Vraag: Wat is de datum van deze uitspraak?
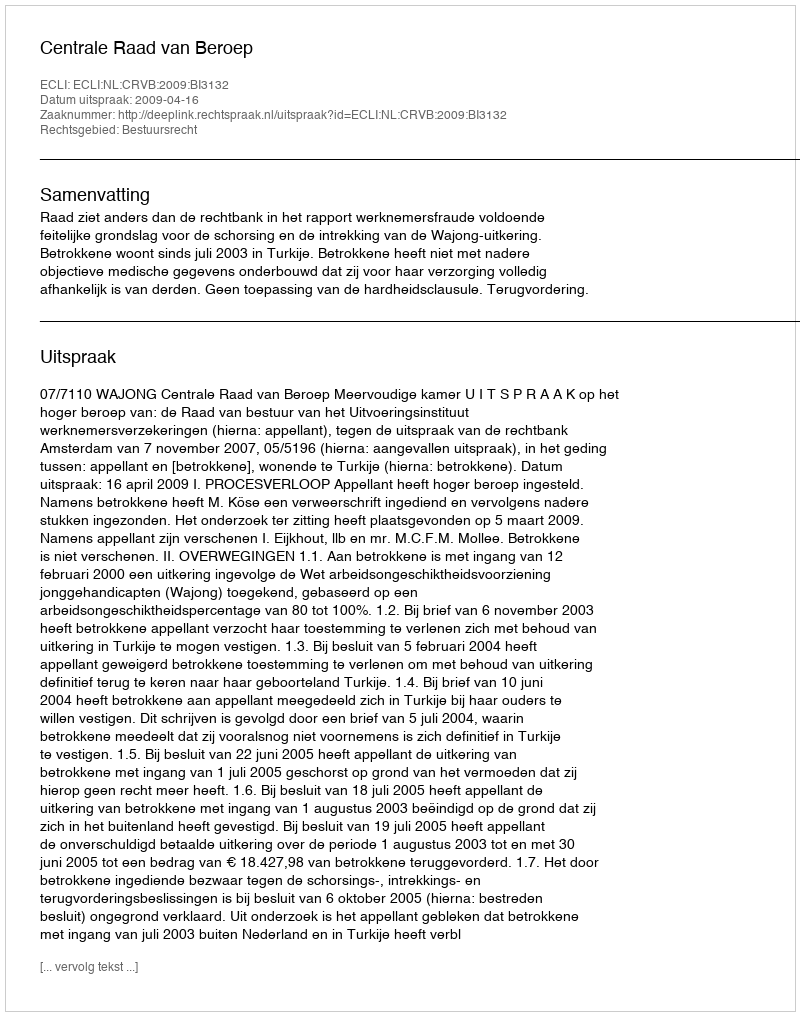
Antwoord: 2009-04-16